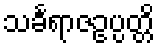
သင်္ခရာဇဥပ္ပတ္တိ